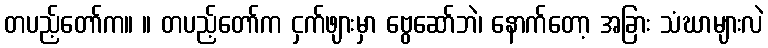
တပည့်တော်က။ ။ တပည့်တော်က ငှက်ဖျားမှာ ဗွေဆော်ဘဲ၊ နောက်တော့ အခြား သံဃာများလဲ